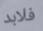
فلابد